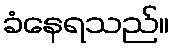
ခံနေရသည်။